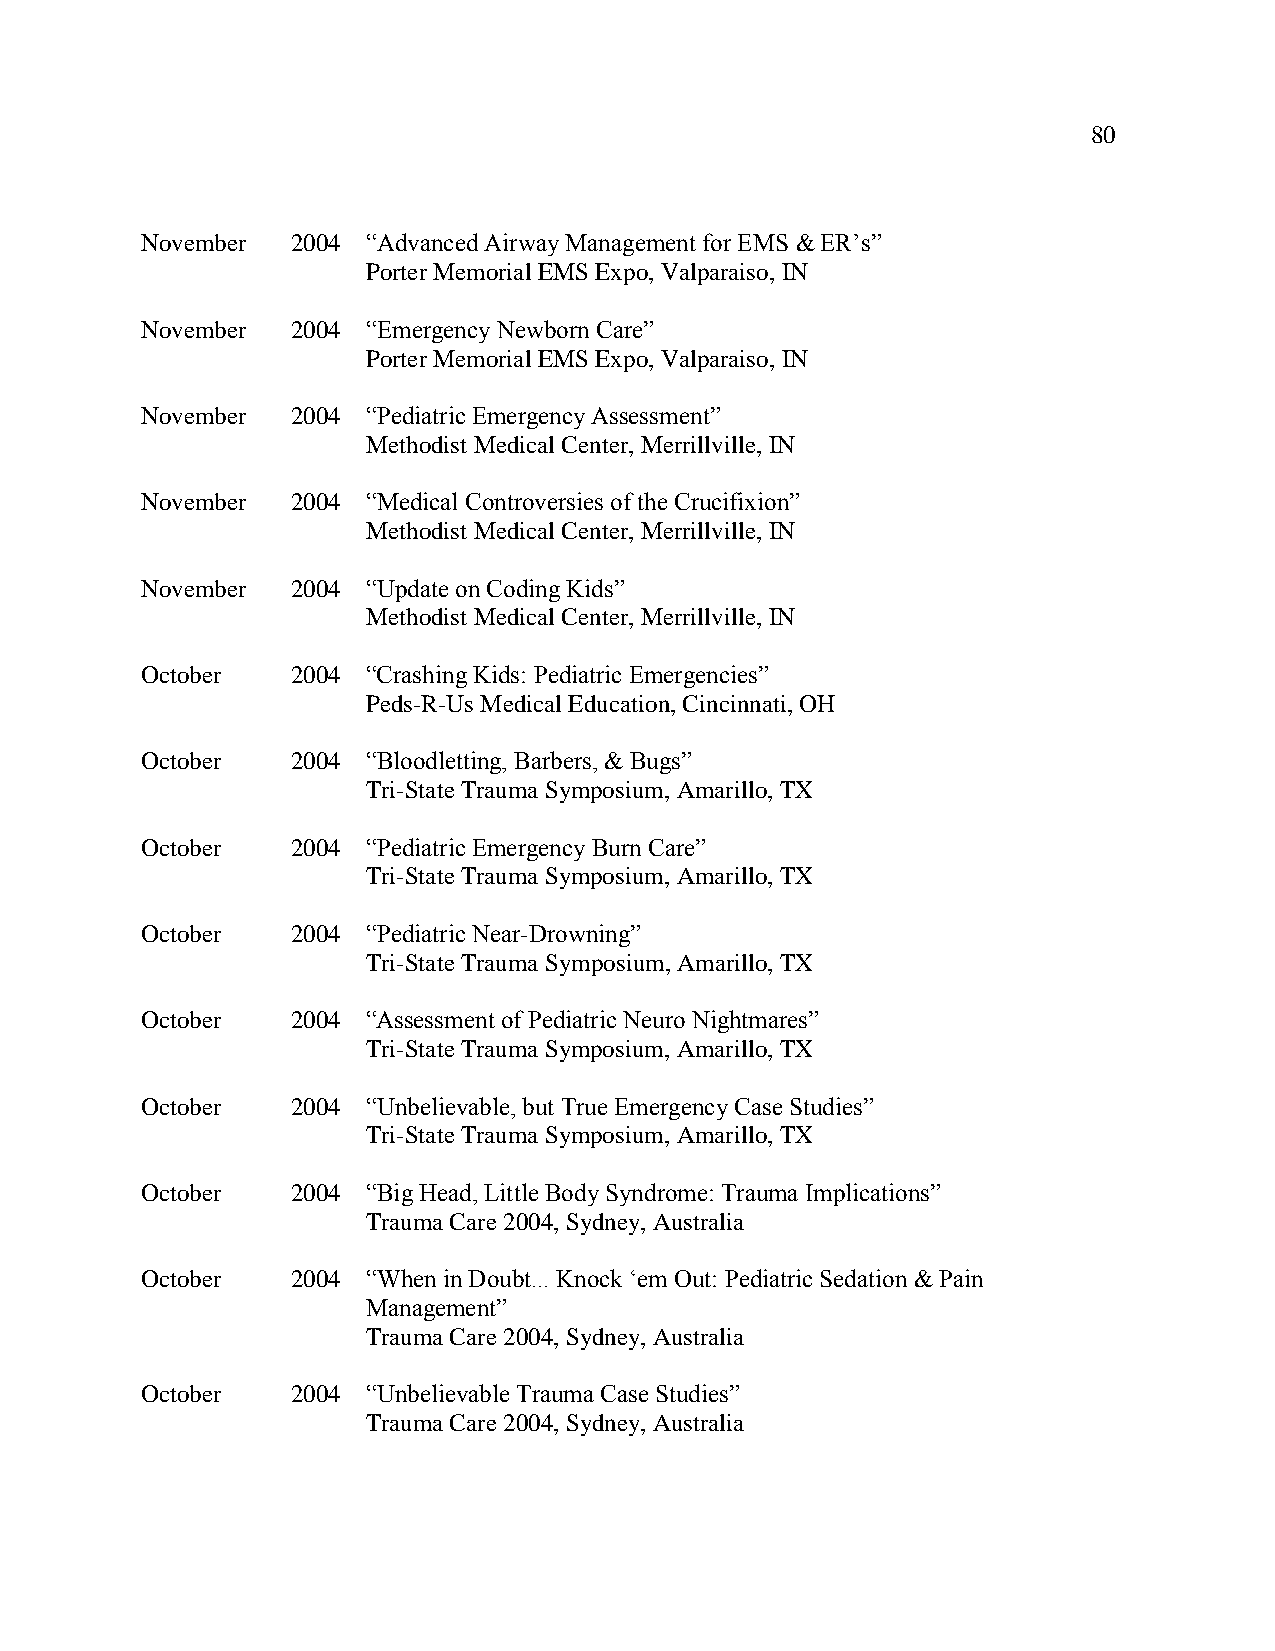
80
 November  2004 “Advanced Airway Management for EMS & ER’s”
 Porter Memorial EMS Expo, Valparaiso, IN
 November  2004 “Emergency Newborn Care”
 Porter Memorial EMS Expo, Valparaiso, IN
 November  2004 “Pediatric Emergency Assessment”
 Methodist Medical Center, Merrillville, IN
 November  2004 “Medical Controversies of the Crucifixion”
 Methodist Medical Center, Merrillville, IN
 November  2004 “Update on Coding Kids”
 Methodist Medical Center, Merrillville, IN
 October   2004 “Crashing Kids: Pediatric Emergencies”
 Peds-R-Us Medical Education, Cincinnati, OH
 October   2004 “Bloodletting, Barbers, & Bugs”
 Tri-State Trauma Symposium, Amarillo, TX
 October   2004 “Pediatric Emergency Burn Care”
 Tri-State Trauma Symposium, Amarillo, TX
 October   2004 “Pediatric Near-Drowning”
 Tri-State Trauma Symposium, Amarillo, TX
 October   2004 “Assessment of Pediatric Neuro Nightmares”
 Tri-State Trauma Symposium, Amarillo, TX
 October   2004 “Unbelievable, but True Emergency Case Studies”
 Tri-State Trauma Symposium, Amarillo, TX
 October   2004 “Big Head, Little Body Syndrome: Trauma Implications”
 Trauma Care 2004, Sydney, Australia
 October   2004 “When in Doubt... Knock ‘em Out: Pediatric Sedation & Pain
 Management”
 Trauma Care 2004, Sydney, Australia
 October   2004 “Unbelievable Trauma Case Studies”
 Trauma Care 2004, Sydney, Australia